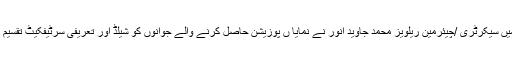
آخر میں سیکرٹری /چیئرمین ریلویز محمد جاوید انور نے نمایا ں پوزیشن حاصل کرنے والے جوانوں کو شیلڈ اور تعریفی سرٹیفکیٹ تقسیم کئے۔